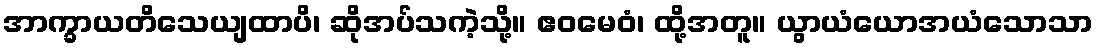
အာက္ခာယတိသေယျထာပိ၊ ဆိုအပ်သကဲ့သို့။ ဧဝမေဝံ၊ ထို့အတူ။ ယွာယံယောအယံသောသာ